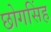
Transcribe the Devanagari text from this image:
छोगसिंह